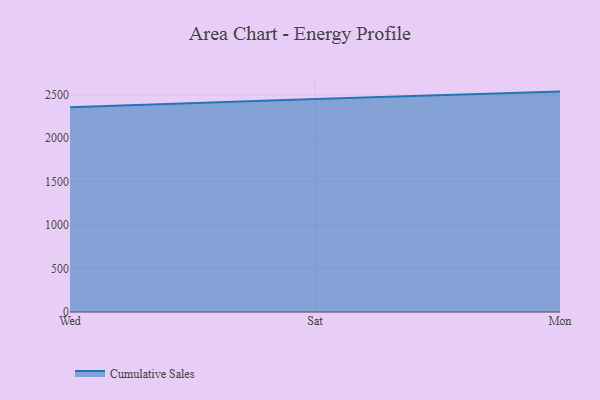
{"axis": {"x": "Day", "y": "Budget (USD K)"}, "legend": ["Cumulative Sales"], "data": [{"x": "Wed", "y": 2357.0, "type": "Cumulative Sales"}, {"x": "Sat", "y": 2452.6, "type": "Cumulative Sales"}, {"x": "Mon", "y": 2537.3, "type": "Cumulative Sales"}]}